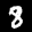
Label: 8